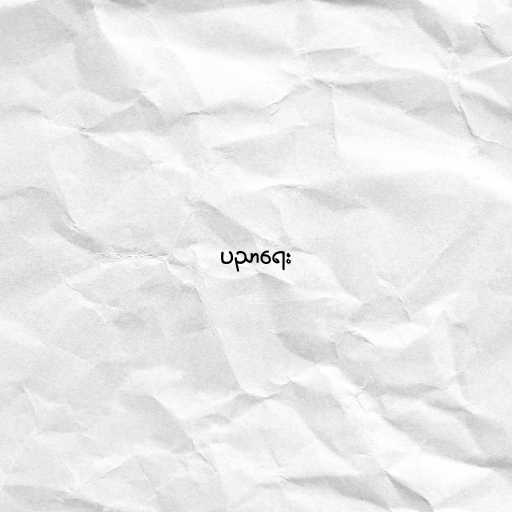
ပညာရေး